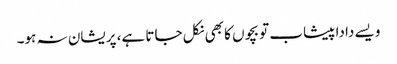
ویسے دادا پیشاب تو بچوں کا بھی نکل جاتا ہے، پریشان نہ ہو۔